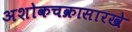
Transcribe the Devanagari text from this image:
अशोकचक्रासारखे